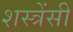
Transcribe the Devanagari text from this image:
शस्त्रेंसी